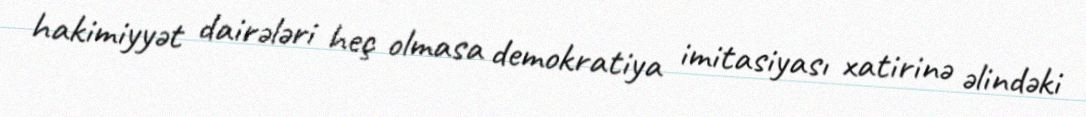
hakimiyyət dairələri heç olmasa demokratiya imitasiyası xatirinə əlindəki